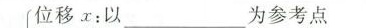
位移x：以___为参考点